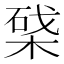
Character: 𣕥